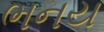
ભનય